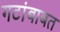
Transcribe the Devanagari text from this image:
गटांबाबत